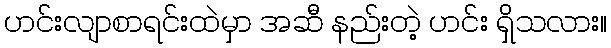
ဟင်းလျာစာရင်းထဲမှာ အဆီ နည်းတဲ့ ဟင်း ရှိသလား။